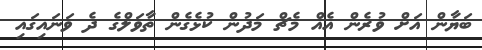
ބަޔާން އަށް ވުރެން އެއް މެޗް މަދުން ކުޅެގެން ތާވަލްގެ ދެ ވަނައިގައި